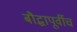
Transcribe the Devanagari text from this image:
बौद्धापूर्वीच